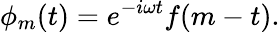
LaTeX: \phi_{m}(t)=e^{-i\omega t}f(m-t).